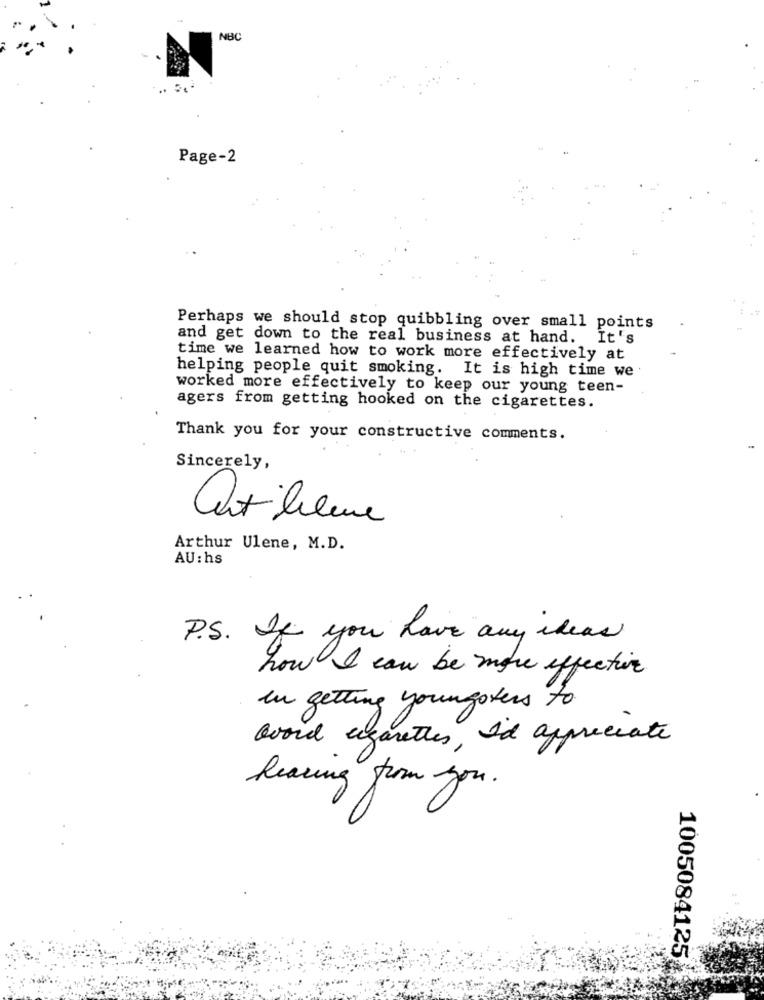
NBC
Page-2
Perhaps we should stop quibbling over small points
and get down to the real business at hand. It's
time we learned how to work more effectively at
helping people quit smoking. It is high time we
worked more effectively to keep our young teen-
agers from getting hooked on the cigarettes.
Thank you for your constructive comments.
Sincerely,
Cht lilene
Arthur Ulene, M.D.
AU : hs
P. S. If you have any ideas
how I can be more effective
In getting youngsters to
board egaretles, I'd appreciate
hearing from you.
1005084125